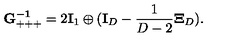
{ \bf G _ { + + + } ^ { - 1 } } = 2 { \bf I } _ { 1 } \oplus ( { \bf I } _ { D } - \frac { 1 } { D - 2 } { \bf \Xi } _ { D } ) .